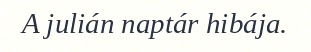
A julián naptár hibája.